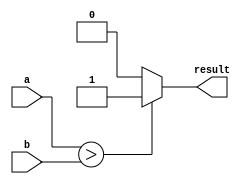
module if_else_ternary (
    input wire a,
    input wire b,
    output reg result
);

always @* begin
    result = (a > b) ? 1'b1 : 1'b0;
end

endmodule